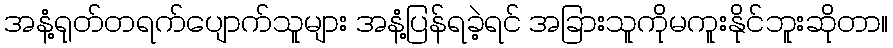
အနံ့ရုတ်တရက်ပျောက်သူများ အနံ့ပြန်ရခဲ့ရင် အခြားသူကိုမကူးနိုင်ဘူးဆိုတာ။